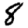
Digit: 8